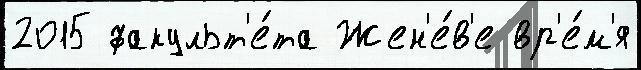
2015 факульт'е́та Жен'е́в'е вр'е́м'я